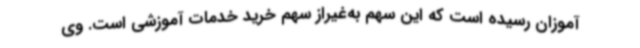
آموزان رسیده است که این سهم به‌غیراز سهم خرید خدمات آموزشی است. وی